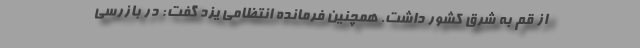
از قم به شرق کشور داشت. همچنین فرمانده انتظامی یزد گفت: در بازرسی